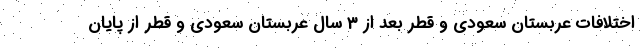
اختلافات عربستان سعودی و قطر بعد از 3 سال عربستان سعودی و قطر از پایان